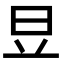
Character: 𣅋